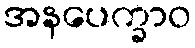
အနပေက္ခာဝ